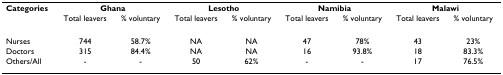
| Categories | <COLSPAN=2> Ghana | <COLSPAN=2> Lesotho | <COLSPAN=2> Namibia | <COLSPAN=2> Malawi |
 |  | Total leavers | % voluntary | Total leavers | % voluntary | Total leavers | % voluntary | Total leavers | % voluntary |
 | --- | --- | --- | --- | --- | --- | --- | --- | --- |
 | Nurses | 744 | 58.7% | NA | NA | 47 | 78% | 43 | 23% |
 | Doctors | 315 | 84.4% | NA | NA | 16 | 93.8% | 18 | 83.3% |
 | Others/All | - | - | 50 | 62% | - | - | 17 | 76.5% |